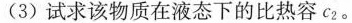
(3)试求该物质在液态下的比热容c_{2}。